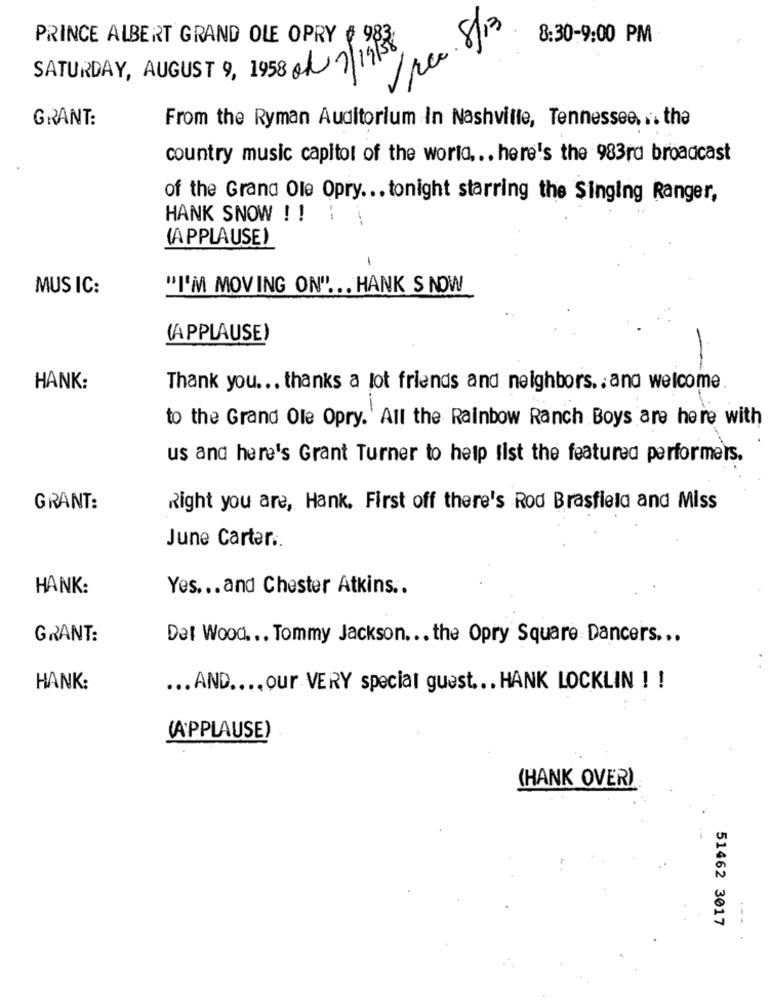
Vice. 8/13
PRINCE ALBERT GRAND OLE OPRY # 983)
8:30-9:00 PM
SATURDAY, AUGUST 9, 1958 /7/19/38
GRANT:
From the Ryman Auditorium In Nashville, Tennessee. .. the
country music capitol of the world ... here's the 983rd broadcast
of the Grand Ole Opry ... tonight starring the Singing Ranger,
HANK SNOW ! !
(APPLAUSE)
MUSIC:
"I'M MOVING ON" ... HANK S NOW
(APPLAUSE)
HANK:
Thank you ... thanks a lot friends and neighbors ., and welcome
to the Grand Ole Opry. All the Rainbow Ranch Boys are here with
us and here's Grant Turner to help list the featured performers.
GRANT:
Right you are, Hank. First off there's Rod Brasfield and Miss
June Carter ..
HANK :
Yes ... and Chester Atkins ..
GRANT:
Det Wood ... Tommy Jackson .. . the Opry Square Dancers ...
HANK :
... AND .... our VERY special guest ... HANK LOCKLIN ! !
(APPLAUSE)
(HANK OVER)
51462 3017
....